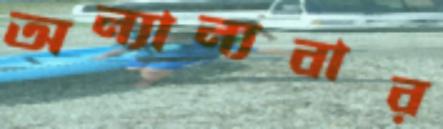
অন্যান্যবার